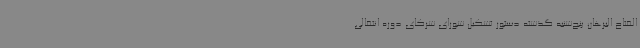
الفتاح البرهان پنج‌شنبه گذشته دستور تشکیل شورای شرکای دوره انتقالی